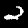
Digit: 2